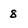
Character: 8